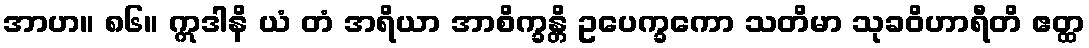
အာဟ။ ၈၆။ ဣဒါနိ ယံ တံ အရိယာ အာစိက္ခန္တိ ဥပေက္ခကော သတိမာ သုခဝိဟာရီတိ ဧတ္ထ